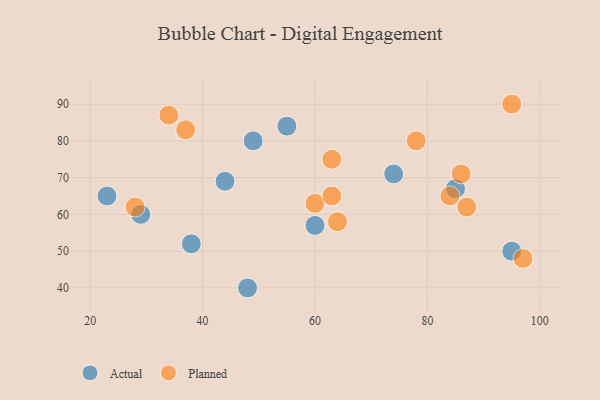
{"axis": {"x": "GDP", "y": "Life Expectancy"}, "legend": ["Actual", "Planned"], "data": [{"x": "85", "y": 67, "type": "Actual"}, {"x": "95", "y": 50, "type": "Actual"}, {"x": "29", "y": 60, "type": "Actual"}, {"x": "60", "y": 57, "type": "Actual"}, {"x": "49", "y": 80, "type": "Actual"}, {"x": "38", "y": 52, "type": "Actual"}, {"x": "74", "y": 71, "type": "Actual"}, {"x": "23", "y": 65, "type": "Actual"}, {"x": "55", "y": 84, "type": "Actual"}, {"x": "44", "y": 69, "type": "Actual"}, {"x": "48", "y": 40, "type": "Actual"}, {"x": "37", "y": 83, "type": "Planned"}, {"x": "84", "y": 65, "type": "Planned"}, {"x": "28", "y": 62, "type": "Planned"}, {"x": "63", "y": 75, "type": "Planned"}, {"x": "60", "y": 63, "type": "Planned"}, {"x": "34", "y": 87, "type": "Planned"}, {"x": "78", "y": 80, "type": "Planned"}, {"x": "64", "y": 58, "type": "Planned"}, {"x": "95", "y": 90, "type": "Planned"}, {"x": "63", "y": 65, "type": "Planned"}, {"x": "87", "y": 62, "type": "Planned"}, {"x": "86", "y": 71, "type": "Planned"}, {"x": "97", "y": 48, "type": "Planned"}]}